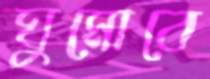
ঘুমোবে